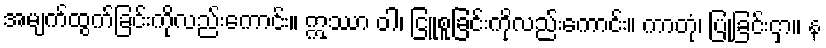
အမျက်ထွက်ခြင်းကိုလည်းကောင်း။ ဣဿာ ဝါ၊ ငြူစူခြင်းကိုလည်းကောင်း။ ကာတုံ၊ ပြုခြင်းငှာ။ န